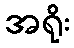
အရိုး